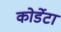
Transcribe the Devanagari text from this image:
कोर्डेटा